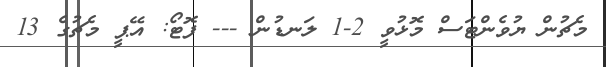
މެޗުން ޔުވެންޓަސް މޮޅުވީ 2-1 ލަނޑުން --- ފޮޓޯ: އޭޕީ މެޗުގެ 13